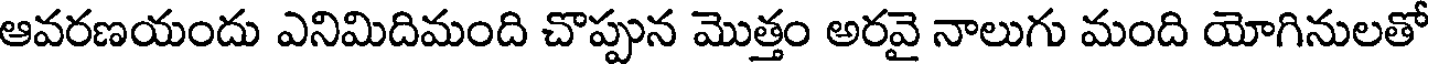
ఆవరణయందు ఎనిమిదిమంది చొప్పున మొత్తం అరవై నాలుగు మంది యోగినులతో